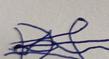
Signature authenticity: forged